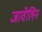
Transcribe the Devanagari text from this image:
जावेलिन